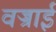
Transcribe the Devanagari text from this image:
वज्राई